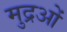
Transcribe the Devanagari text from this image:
मुद्रओं